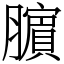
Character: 𬛜